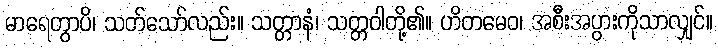
မာရေတွာပိ၊ သတ်သော်လည်း။ သတ္တာနံ၊ သတ္တဝါတို့၏။ ဟိတမေဝ၊ အစီးအပွားကိုသာလျှင်။